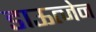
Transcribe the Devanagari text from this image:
डाऊत्जेन